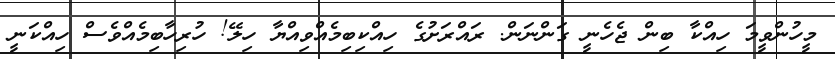
މީހުންވީމަ ހިއްކާ ބިން ޖެހެނީ ގަންނަން. ރައްރަށުގެ ހިއްކިބިމެއްވިއްޔާ ހިލޭ! ހުރިހާބިމެއްވެސް ހިއްކަނީ